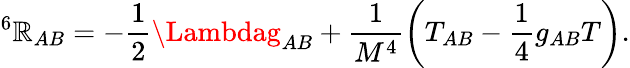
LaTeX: ^6\mathbb{R}_{AB}=-\frac{{1}}{{2}}\Lambdag_{AB}+\frac{{1}}{{M^{4}}}\left(T_{AB}-\frac{{1}}{{4}}g_{AB}T\right).